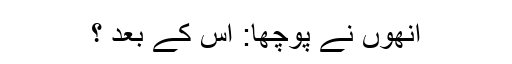
انھوں نے پوچھا: اس کے بعد ؟